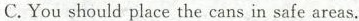
C. You should place the cans in safe areas.